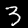
Digit: 3